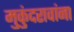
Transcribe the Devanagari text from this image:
मुकुंदरावांना